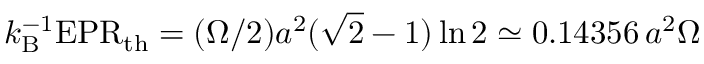
k _ { \mathrm { B } } ^ { - 1 } \mathrm { E P R } _ { \mathrm { t h } } = ( \Omega / 2 ) a ^ { 2 } ( \sqrt { 2 } - 1 ) \ln 2 \simeq 0 . 1 4 3 5 6 \, a ^ { 2 } \Omega